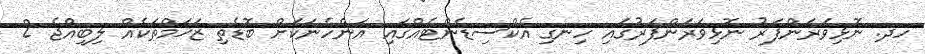
ހދ. ނޮޅިވަރަންފަރު ނޮޅިވަރަންފަރުގައި ހިނގި އެކްސިޑެންޓެއްގައި އަންހެނަކަށް ބޮޑެތި ޒަޚަމްތަކެއް ލިބިއްޖެ 2